Senior Leaving Certificate Examination (including Day School Certificate (Higher) General paper), 1950
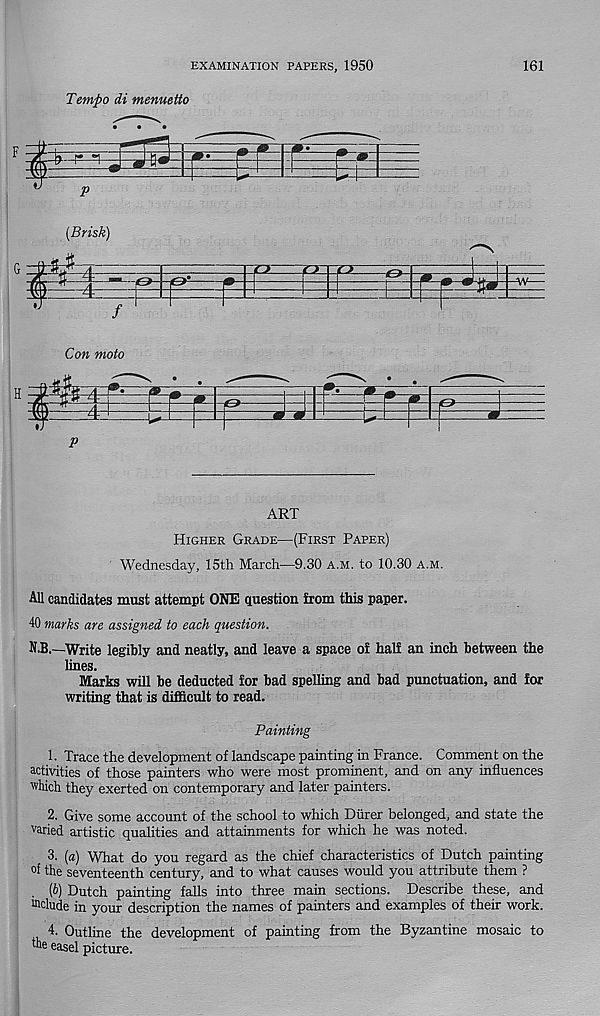
EXAMINATION PAPERS, 1950
161
Tempo di menuetto
P
(Brisk)
M
f?
zz;
(0-
-l&-
-W—
/
Com moto
10-
p
ART
Higher Grade—(First Paper)
Wednesday, 15th March—9.30 a.m. to 10.30 a.m.
All candidates must attempt ONE question from this paper.
40 marks are assigned to each question.
N.B.—Write legibly and neatly, and leave a space of half an inch between the
lines.
Marks will be deducted for bad spelling and bad punctuation, and for
writing that is difficult to read.
Painting
1. Trace the development of landscape painting in France. Comment on the
activities of those painters who were most prominent, and on any influences
which they exerted on contemporary and later painters.
2. Give some account of the school to which Diirer belonged, and state the
varied artistic qualities and attainments for which he was noted.
3. (a) What do you regard as the chief characteristics of Dutch painting
°f the seventeenth century, and to what causes would you attribute them ?
(b) Dutch painting falls into three main sections. Describe these, and
delude in your description the names of painters and examples of their work.
4. Outline the development of painting from the Byzantine mosaic to
easel picture.